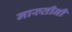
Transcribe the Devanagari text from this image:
मारुतीनी